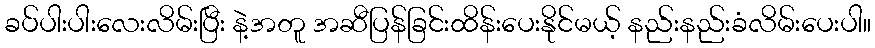
ခပ်ပါးပါးလေးလိမ်းပြီး နဲ့အတူ အဆီပြန်ခြင်းထိန်းပေးနိုင်မယ့် နည်းနည်းခံလိမ်းပေးပါ။